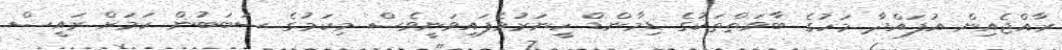
ރާއްޖެއިން އުފައްދާ މަހުގެ ބާވަތްތަކުގެ ޑިމާންޑް ހީނަރުވެފައިވަނީވެސް މިކަމުގެ ސަބަބުން ކަމަށް ރައީސް